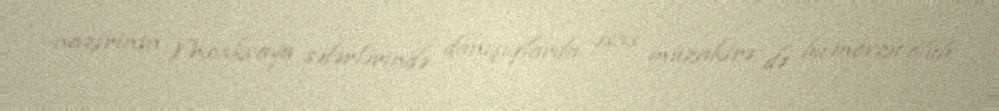
nazirinin Moskvaya səfərlərində danışıqlarda əsas müzakirə də bu mövzu olub.